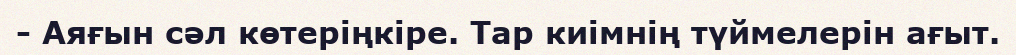
- Аяғын сәл көтеріңкіре. Тар киімнің түймелерін ағыт.